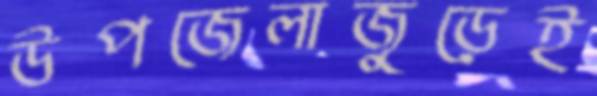
উপজেলাজুড়েই